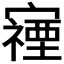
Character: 𫴖